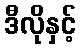
ဒီလိုနှင့်